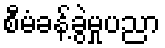
စီမံခန့်ခွဲမှုပညာ